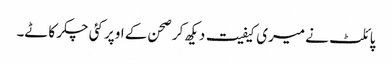
پائلٹ نے میری کیفیت دیکھ کر صحن کے اوپر کئی چکر کاٹے۔